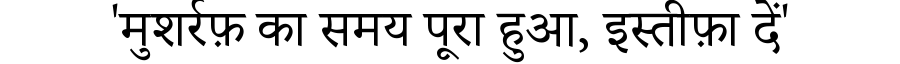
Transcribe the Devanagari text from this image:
'मुशर्रफ़ का समय पूरा हुआ, इस्तीफ़ा दें'